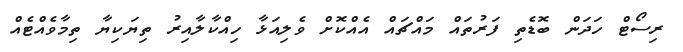
ރިސޯޓް ހަދަން ބޮޑެތި ފަރުތައް މައްޗައް އެއްކޮށް ވެލިއަޅާ ހިއްކާލާއިރު ތިޔަކިޔާ ތިމާވެއްޓެއް